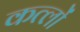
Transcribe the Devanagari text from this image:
कत्लों